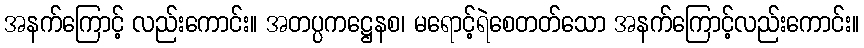
အနက်ကြောင့် လည်းကောင်း။ အတပ္ပကဋ္ဌေနစ၊ မရောင့်ရဲစေတတ်သော အနက်ကြောင့်လည်းကောင်း။